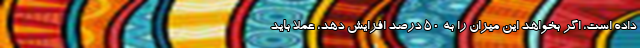
داده است، اگر بخواهد این میزان را به ۵۰ درصد افزایش دهد، عملا باید